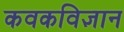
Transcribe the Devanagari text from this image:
कवकविज्ञान